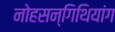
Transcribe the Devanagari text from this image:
नोहसन्गिथियांग